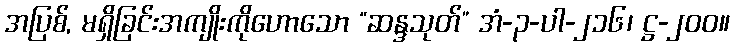
အပြစ်, မရှိခြင်းအကျိုးကိုဟောသော “ဆန္ဒသုတ်” အံ-၃-ပါ-၂၁၆၊ ဋ္ဌ-၂၀၀။